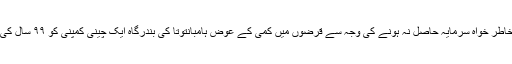
سری لنکا نے بھی خاطر خواہ سرمایہ حاصل نہ ہونے کی وجہ سے قرضوں میں کمی کے عوض ہامبانتوتا کی بندرگاہ ایک چینی کمپنی کو ۹۹ سال کی لیز پر دے دی ہے۔